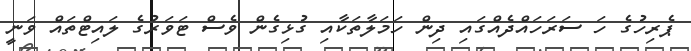
ޕެރިހުގެ ހަ ސަރަހައްދެއްގައި ދިން ހަމަލާތަކާއި ގުޅިގެން ވެސް ޓަވަރުގެ ލައިޓްތައް ވަނީ